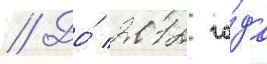
// До́ 2012 го́да